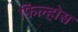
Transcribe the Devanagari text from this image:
फिल्होस